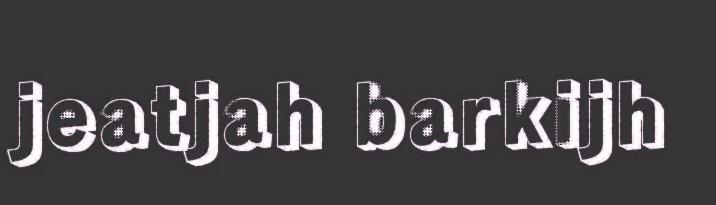
jeatjah barkijh